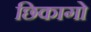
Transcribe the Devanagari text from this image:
छिकागो